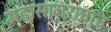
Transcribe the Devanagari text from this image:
महासागराचाच